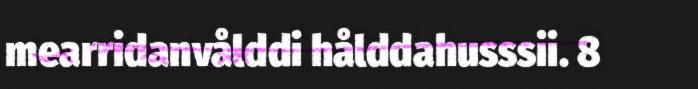
mearridanvålddi hålddahusssii. 8